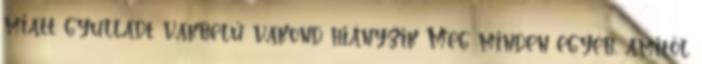
miatt gyulladt vakbelű vakond hiányzik Meg minden egyéb, amitől